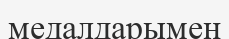
медалдарымен